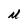
Character: M